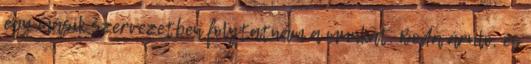
egy másik szervezetben folytatnám a munkát. Boda áruló, és